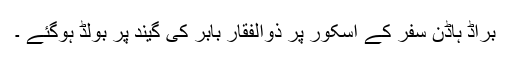
براڈ ہاڈن سفر کے اسکور پر ذوالفقار بابر کی گیند پر بولڈ ہوگئے ۔